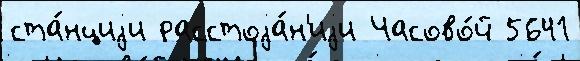
ста́нциjи расстоjа́н'иjи Часово́й 5641